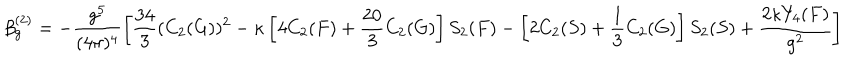
\beta _ { g } ^ { ( 2 ) } = - \frac { g ^ { 5 } } { ( 4 \pi ) ^ { 4 } } \left[ \frac { 3 4 } { 3 } ( C _ { 2 } ( G ) ) ^ { 2 } - \kappa \left[ 4 C _ { 2 } ( F ) + \frac { 2 0 } { 3 } C _ { 2 } ( G ) \right] S _ { 2 } ( F ) - \left[ 2 C _ { 2 } ( S ) + \frac { 1 } { 3 } C _ { 2 } ( G ) \right] S _ { 2 } ( S ) + \frac { 2 \kappa Y _ { 4 } ( F ) } { g ^ { 2 } } \right]